Report of the Indian Hemp Drugs Commission, 1894-1895 - Volume VI
Year: 1894
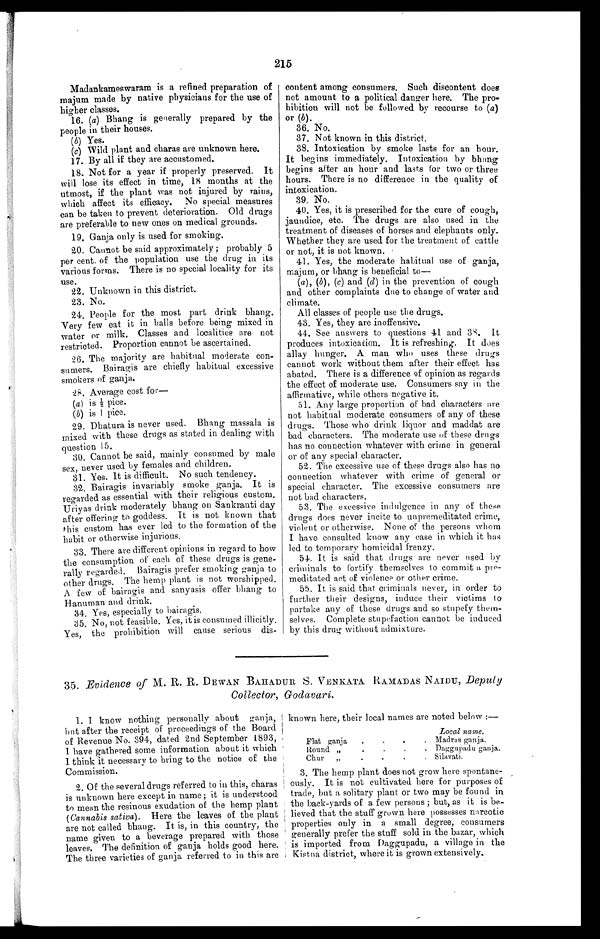
215
Madankameswaram is a refined preparation of
majum made by native physicians for the use of
higher classes.
16. (a) Bhang is generally prepared by the
people in their houses.
(b)
Yes.
(c)
Wild plant and charas are unknown here.
17. By all if they are accustomed.
18. Not for a year if properly preserved. It
will lose its effect in time, 18 months at the
utmost, if the plant was not injured by rains,
which affect its efficacy. No special measures
can be taken to prevent deterioration. Old drugs
are preferable to new ones on medical grounds.
19. Ganja only is used for smoking.
20. Cannot be said approximately; probably 5
per cent. of the population use the drug in its
various forms. There is no special locality for its
use.
22. Unknown in this district.
23. No.
24. People for the most part drink bhang.
Very few eat it in balls before being mixed in
water or milk. Classes and localities are not
restricted. Proportion cannot be ascertained.
26. The majority are habitual moderate con-
sumers. Bairagis are chiefly habitual excessive
smokers of ganja.
28. Average cost for
—
(a) is ½ pice.
(b) i s 1 pi ce.
29. Dhatura is never used. Bhang massala is
mixed with these drugs as stated in dealing with
question 15.
30. Cannot be said, mainly consumed by male
sex , never used by females and children.
31. Yes. It is difficult. No such tendency.
32. Bairagis invariably smoke ganja. It is
regarded as essential with their religious custom.
Uriyas drink moderately bhang on Sankranti day
after offering, to goddess. It is not known that
this custom has ever led to the formation of the
habit or otherwise injurious.
33. There are different opinions in regard to how
the consumption of each of these drugs is gene
-rally regarded. Bairagis prefer smoking ganja to
other drugs. The hemp plant is not worshipped.
A few of bairagis and sanyasis offer bhang to
Hanuman and drink.
34. Yes, especially to bairagis.
35. No, not feasible. Yes, it is consumed illicitly.
Yes, the prohibition will cause serious dis-
content among consumers. Such discontent does
not amount to a political danger here. The pro-
hibition will not be followed by recourse to (a)
or (b).
36. No.
37. Not known in this district.
38. Intoxication by smoke lasts for an hour.
It begins immediately. Intoxication by bhang
begins after an hour and lasts for two or three
hours. There is no difference in the quality of
intoxication.
39. No.
40. Yes, it is prescribed for the cure of cough,
jaundice, etc. The drugs are also used in the
treatment of diseases of horses and elephants only.
Whether they are used for the treatment of cattle
or not, it is not known.
41. Yes, the moderate habitual use of ganja,
majum, or bhang is beneficial to
—
(a), (b), (c) and (d) in the prevention of cough
and other complaints due to change of water and
climate.
All classes of people use the drugs.
43. Yes, they are inoffensive.
44. See answers to questions 41 and 38. It
produces intoxication. It is refreshing. It does
allay hunger. A man who uses these drugs
cannot work without them after their effect has
abated. There is a difference of opinion as regards
the effect of moderate use. Consumers say in the
affirmative, while others negative it.
51. Any large proportion of bad characters are
not habitual moderate consumers of any of these
drugs. Those who drink liquor and maddat are
bad characters. The moderate use of these drugs
has no connection whatever with crime in general
or of any special character.
52. The excessive use of these drugs also has no
connection whatever with crime of general or
special character. The excessive consumers are
not bad characters.
53. The excessive indulgence in any of these
drugs does never incite to unpremeditated crime,
violent or otherwise. None of the persons whom
I have consulted know any case in which it has
led to temporary homicidal frenzy.
54. It is said that drugs are never used by
criminals to fortify themselves to commit a pre-
meditated act of violence or other crime.
55. It is said that criminals never, in order to
further their designs, induce their victims to
partake any of these drugs and so stupefy them-
selves. Complete stupefaction cannot be induced
by this drug without admixture.
35. Evidence of M. R. R. DEWAN BAHADUR S. VENKATA RAMADAS NAIDU, Deputy
Collector, Godavari.
1. I know nothing personally about ganja,
but after the receipt of proceedings of the Board
of Revenue No. 394, dated 2nd September 1893,
I have gathered some information about it which
I think it necessary to bring to the notice of the
Commission.
2. Of the several drugs referred to in this, charas
is unknown here except in name; it is understood
to mean the resinous exudation of the hemp plant
(Cannabis saliva). Here the leaves of the plant
are not called bhang. It is, in this country, the
name given to a beverage prepared with those
leaves. The definition of ganja holds good here.
The three varieties of ganja referred to in this are
known here, their local names are noted below :
—
Local name.
Flat ganja
.
.
.
. Madras ganja.
Round
” . . . . Daggupadu ganja.
Chur
”
.
.
.
. Silavati.
3. The hemp plant does not grow here spontane-
ously. It is not cultivated here for purposes of
trade, but a solitary plant or two may be found in
the back-yards of a few persons; but, as it is be-
lieved that the stuff grown here possesses narcotic
properties only in a small degree, consumers
generally prefer the stuff sold in the bazar, which
is imported from Daggupadu, a village in the
Kistna district, where it is grown extensively.